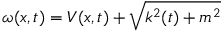
\omega ( x , t ) = V ( x , t ) + \sqrt { k ^ { 2 } ( t ) + m ^ { 2 } }